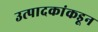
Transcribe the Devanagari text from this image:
उत्पादकांकडून